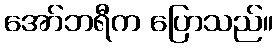
အော်ဘရီက ပြောသည်။